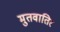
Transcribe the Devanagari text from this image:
मुतवातिर